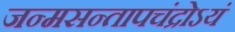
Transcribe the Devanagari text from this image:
जन्मसन्तापचंद्रोऽयं